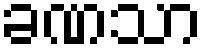
ခဏသာ